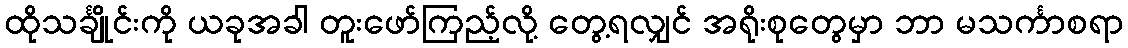
ထိုသင်္ချိုင်းကို ယခုအခါ တူးဖော်ကြည့်လို့ တွေ့ရလျှင် အရိုးစုတွေမှာ ဘာ မသင်္ကာစရာ